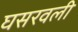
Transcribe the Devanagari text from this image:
घसरवली